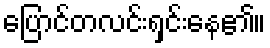
ပြောင်တလင်းရှင်းနေ၏။